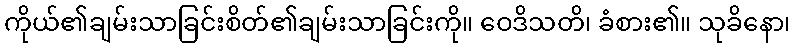
ကိုယ်၏ချမ်းသာခြင်းစိတ်၏ချမ်းသာခြင်းကို။ ဝေဒိသတိ၊ ခံစား၏။ သုခိနော၊